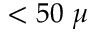
< 5 0 ~ \mu